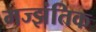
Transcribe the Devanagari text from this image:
मज्झंतिक